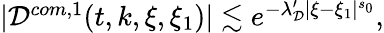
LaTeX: \begin{array}{r}{|\mathcal{D}^{com,1}(t,k,\xi,\xi_{1})|\lesssim e^{-\lambda_{\mathcal{D}}^{\prime}|\xi-\xi_{1}|^{s_{0}}},}\end{array}